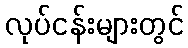
လုပ်ငန်းများတွင်